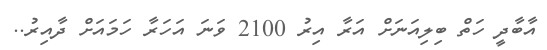
އާބާދީ ހަތް ބިލިއަނަށް އަރާ އިރު 2100 ވަނަ އަހަރާ ހަމައަށް ދާއިރު..